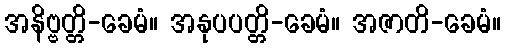
အနိဗ္ဗတ္တိ-ခေမံ။ အနုပပတ္တိ-ခေမံ။ အဇာတိ-ခေမံ။